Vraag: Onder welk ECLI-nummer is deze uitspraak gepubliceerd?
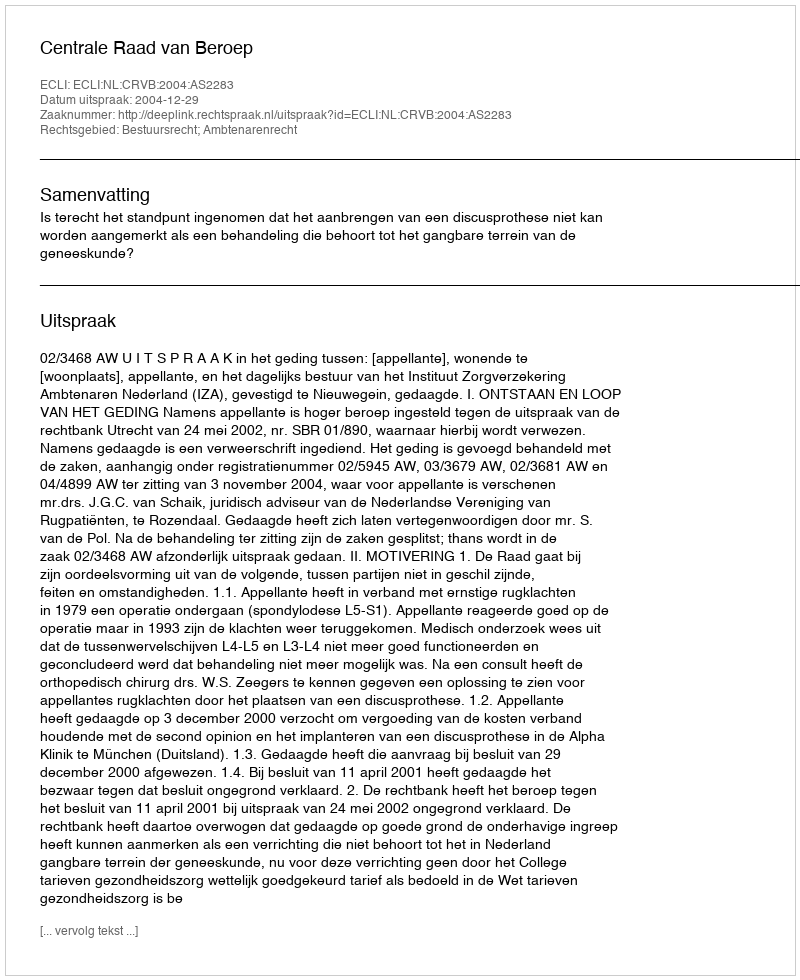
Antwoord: ECLI:NL:CRVB:2004:AS2283